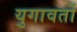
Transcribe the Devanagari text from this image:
युगावर्तो